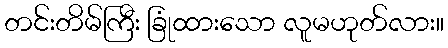
တင်းတိမ်ကြီး ခြုံထားသော လူမဟုတ်လား။